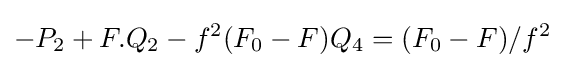
-P_{2}+F.Q_{2}-f^{2}(F_{0}-F)Q_{4}=(F_{0}-F)/f^{2}